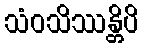
သံဝသိဿန္တိပိ